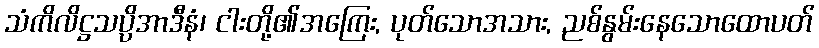
သံကိလိဋ္ဌသပ္ပိအာဒီနံ၊ ငါးတို့၏အကြေး, ပုတ်သောအသား, ညစ်နွမ်းနေသောထောပတ်